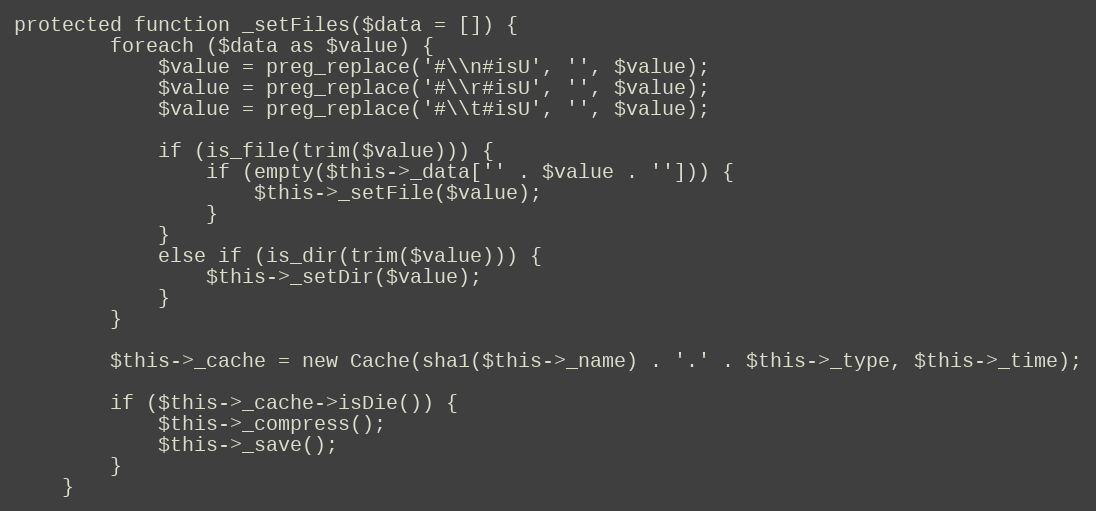
Language: PHP
protected function _setFiles($data = []) {
        foreach ($data as $value) {
            $value = preg_replace('#\\n#isU', '', $value);
            $value = preg_replace('#\\r#isU', '', $value);
            $value = preg_replace('#\\t#isU', '', $value);

            if (is_file(trim($value))) {
                if (empty($this->_data['' . $value . ''])) {
                    $this->_setFile($value);
                }
            }
            else if (is_dir(trim($value))) {
                $this->_setDir($value);
            }
        }

        $this->_cache = new Cache(sha1($this->_name) . '.' . $this->_type, $this->_time);

        if ($this->_cache->isDie()) {
            $this->_compress();
            $this->_save();
        }
    }